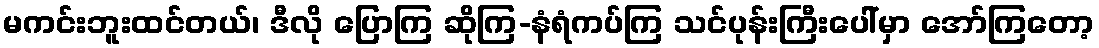
မကင်းဘူးထင်တယ်၊ ဒီလို ပြောကြ ဆိုကြ-နံရံကပ်ကြ သင်ပုန်းကြီးပေါ်မှာ အော်ကြတော့